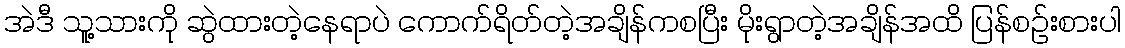
အဲဒီ သူ့သားကို ဆွဲထားတဲ့နေရာပဲ ကောက်ရိတ်တဲ့အချိန်ကစပြီး မိုးရွာတဲ့အချိန်အထိ ပြန်စဉ်းစားပါ